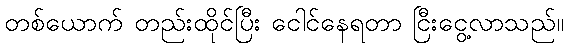
တစ်ယောက် တည်းထိုင်ပြီး ငေါင်နေရတာ ငြီးငွေ့လာသည်။